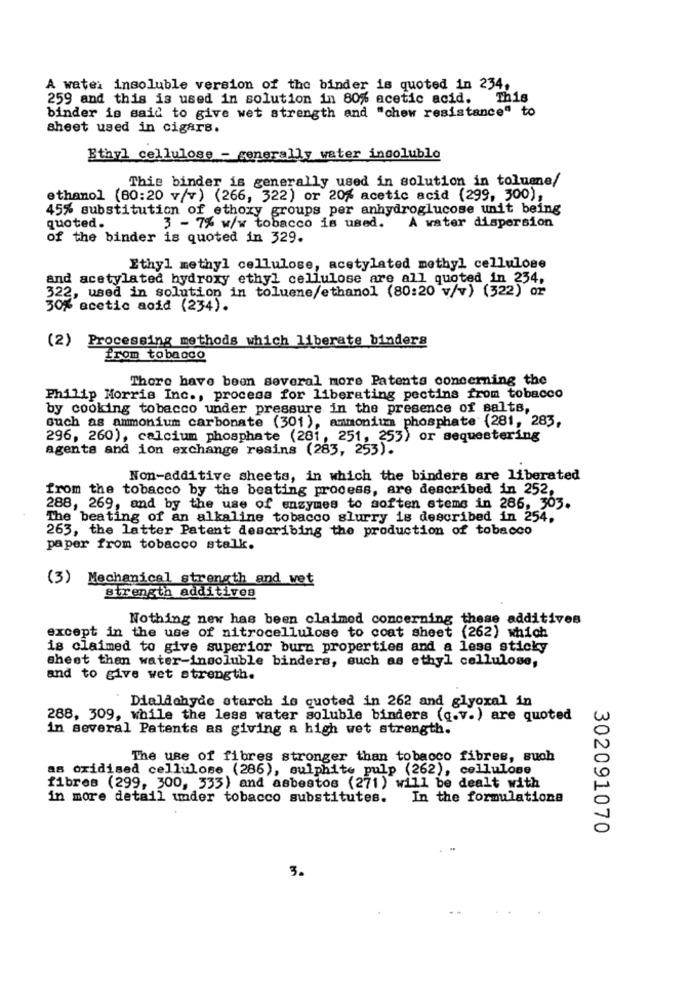
A water insoluble version of the binder is quoted in 234,
259 and this is used in solution in 80% acetic acid.
This
binder is said to give wet strength and "chew resistance" to
sheet used in cigars.
Ethyl cellulose - generally water insoluble
This binder is generally used in solution in toluene/
ethanol (80:20 v/v) (266, 322) or 20% acetic acid (299, 300),
45% substitution of ethoxy groups per anhydroglucose unit being
quoted.
3 - 7% w/w tobacco is used.
A water dispersion
of the binder is quoted in 329.
Ethyl methyl cellulose, acetylated methyl cellulose
and acetylated hydroxy ethyl cellulose are all quoted in 234,
322, used in solution in toluene/ethanol (80:20 v/v) (322) or
30% acetic acid (234).
(2) Processing methods which liberate binders
from tobacco
Thore have been several more Patents concerning the
Philip Morris Inc ., process for liberating pectins from tobacco
by cooking tobacco under pressure in the presence of salts,
such as ammonium carbonate (301), ammonium phosphate (281, 283,
296, 260), calcium phosphate (281, 251, 253) or sequestering
agents and ion exchange resins (283, 253).
Non-additive sheets, in which the binders are liberated
from the tobacco by the beating process, are described in 252,
288, 269, and by the use of enzymes to soften stems in 286, 303.
The beating of an alkaline tobacco slurry is described in 254.
263, the latter Patent describing the production of tobacco
paper from tobacco stalk.
(3) Mechanical strength and wet
strength additives
Nothing new has been claimed concerning these additives
except in the use of nitrocellulose to coat sheet (262) which
is claimed to give superior burn properties and a less sticky
sheet than water-insoluble binders, such as ethyl cellulose,
and to give wet strength.
Dialichyde starch is quoted in 262 and glyoxal in
288, 309, while the less water soluble binders (q.v.) are quoted
w
in several Patents as giving a high wet strength.
The use of fibres stronger than tobacco fibres, such
as oxidised cellulose (286), sulphite pulp (262), cellulose
fibres (299, 300, 333) and asbestos (271) will be dealt with
in more detail under tobacco substitutes.
In the formulatione
0
302091070
3.